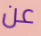
عن